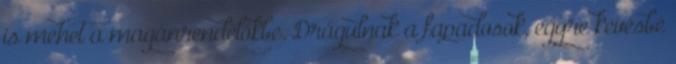
is mehet a magánrendelőkbe. Drágulnak a fapadosok, egyre kevésbé